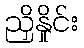
ညှိနှိုင်း